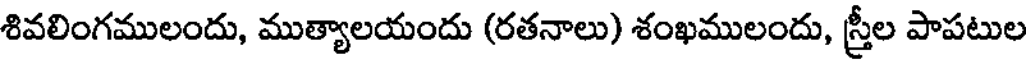
శివలింగములందు, ముత్యాలయందు (రతనాలు) శంఖములందు, స్రీల పాపటుల